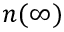
n ( \infty )